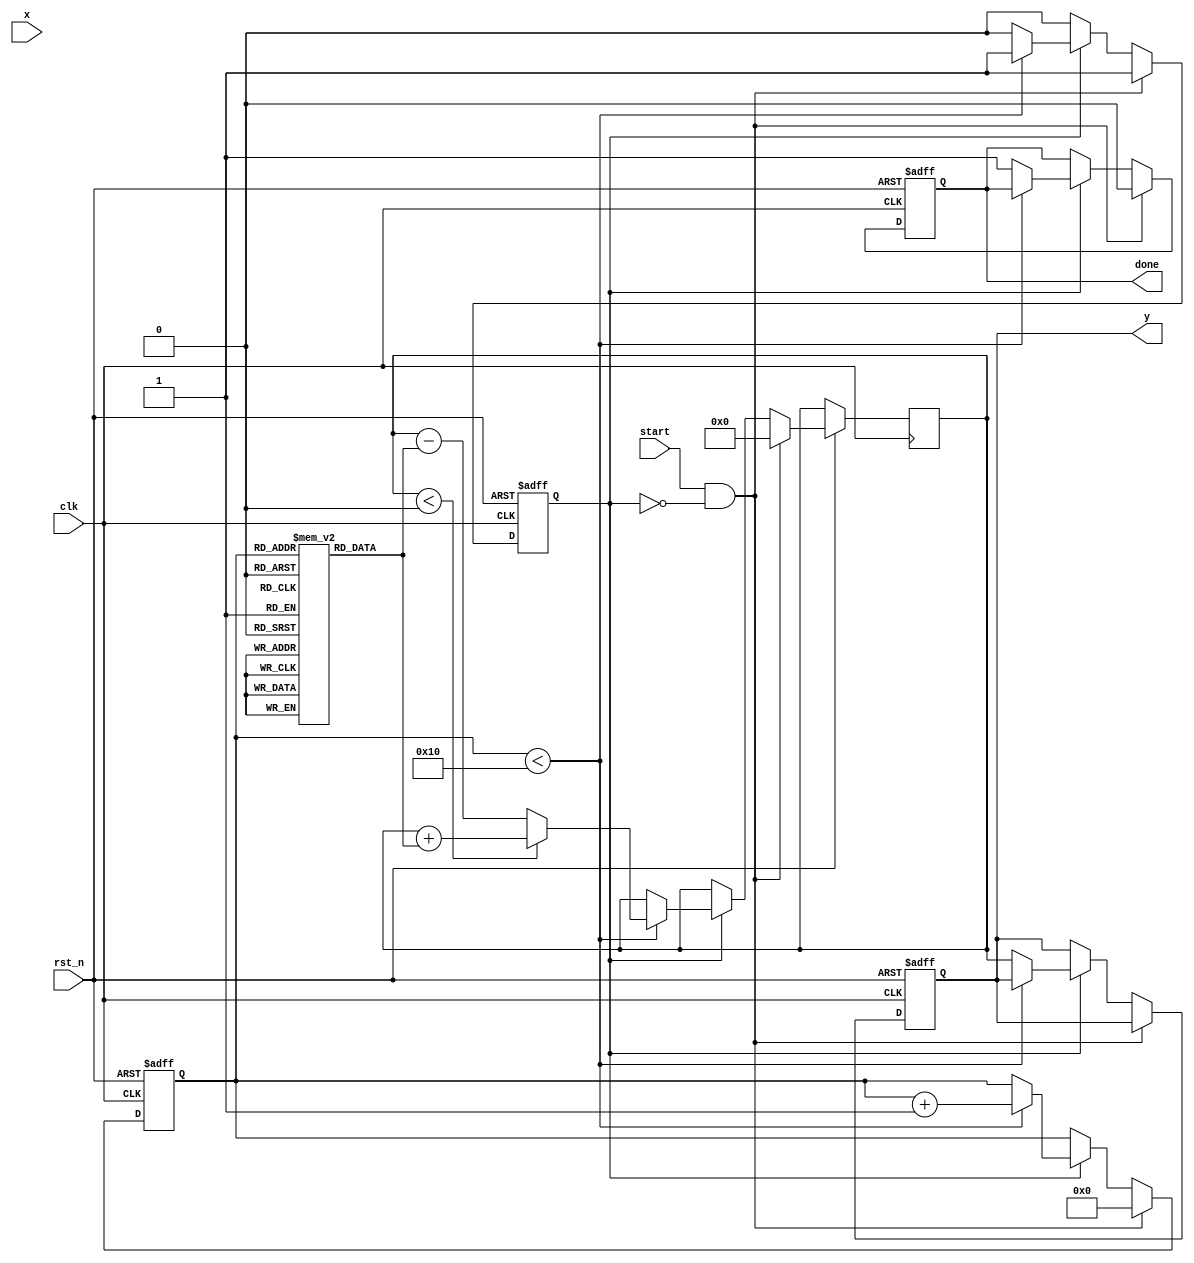
module atan_block (
    input wire clk,
    input wire rst_n,
    input wire start,
    input wire signed [31:0] x, // Input data (fixed-point representation)
    output reg signed [31:0] y,  // Output data (angle in radians)
    output reg done              // Completion signal
);

    // CORDIC Configuration
    localparam NUM_ITERATIONS = 16;
    localparam FIXED_POINT_SCALE = 32'd2147483648; // 2^31 for scaling

    // Internal signals
    reg signed [31:0] x_cordic, y_cordic, z_cordic;
    reg [3:0] iteration;
    reg processing;

    // CORDIC gain
    reg signed [31:0] cordic_gain = FIXED_POINT_SCALE;

    // CORDIC angle lookup table (in radians, scaled)
    reg signed [31:0] atan_table[0:NUM_ITERATIONS-1];

    initial begin
        // Precompute arctan(2^-i) values (scaled)
        atan_table[0] = 32'd0;
        atan_table[1] = 32'd1073741824; // /4 scaled
        atan_table[2] = 32'd535822317;  // /8 scaled
        atan_table[3] = 32'd267949192;  // /16 scaled
        atan_table[4] = 32'd133975876;  // /32 scaled
        atan_table[5] = 32'd66929655;   // /64 scaled
        // Continue to fill the table for further iterations...
        // Additional values can be filled as needed
    end

    always @(posedge clk or negedge rst_n) begin
        if (!rst_n) begin
            y <= 32'd0;
            done <= 1'b0;
            processing <= 1'b0;
            iteration <= 4'd0;
        end else if (start && !processing) begin
            // Start processing
            x_cordic <= x * cordic_gain; // Scale input
            y_cordic <= 32'd0; // Initial y
            z_cordic <= 32'd0; // Initial z (angle)
            iteration <= 4'd0;
            processing <= 1'b1;
            done <= 1'b0;
        end else if (processing) begin
            if (iteration < NUM_ITERATIONS) begin
                // CORDIC iteration
                if (z_cordic < 0) begin
                    // Rotate counterclockwise
                    x_cordic <= x_cordic + (y_cordic >>> iteration);
                    y_cordic <= y_cordic - (x_cordic >>> iteration);
                    z_cordic <= z_cordic + atan_table[iteration];
                end else begin
                    // Rotate clockwise
                    x_cordic <= x_cordic - (y_cordic >>> iteration);
                    y_cordic <= y_cordic + (x_cordic >>> iteration);
                    z_cordic <= z_cordic - atan_table[iteration];
                end
                iteration <= iteration + 1;
            end else begin
                // Finish processing
                y <= z_cordic; // Output result
                done <= 1'b1;
                processing <= 1'b0;
            end
        end
    end
endmodule